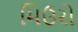
મિઉરો